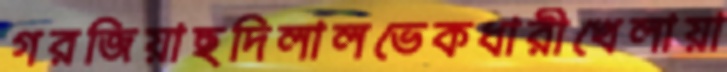
গরজিয়াছদিলালভেকধারীখেলায়া